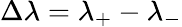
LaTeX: \Delta\lambda=\lambda_{+}-\lambda_{-}